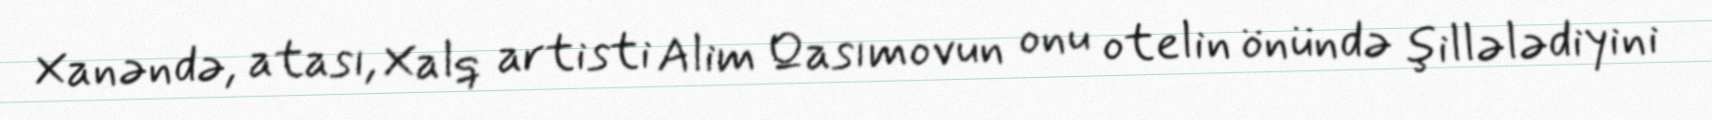
Xanəndə, atası, Xalq artisti Alim Qasımovun onu otelin önündə şillələdiyini